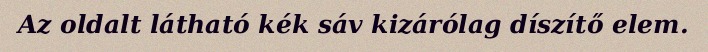
Az oldalt látható kék sáv kizárólag díszítő elem.